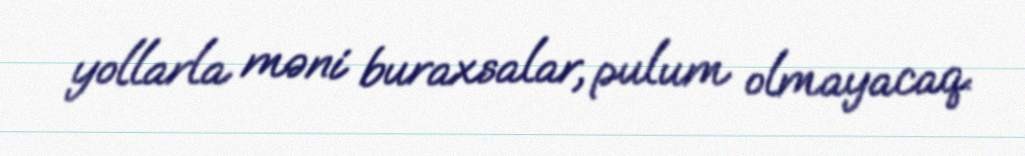
yollarla məni buraxsalar, pulum olmayacaq.